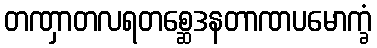
တဏှာတလရတစ္ဆေဒနတာဏပမောက္ခံ